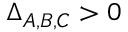
\Delta _ { A , B , C } > 0